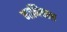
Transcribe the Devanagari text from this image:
मानिपाल